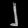
Digit: ၂